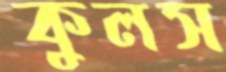
কুলস